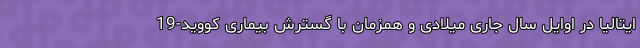
ایتالیا در اوایل سال جاری میلادی و همزمان با گسترش بیماری کووید-19